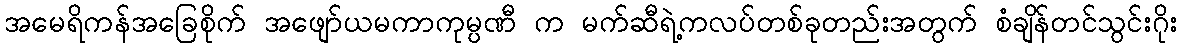
အမေရိကန်အခြေစိုက် အဖျော်ယမကာကုမ္ပဏီ က မက်ဆီရဲ့ကလပ်တစ်ခုတည်းအတွက် စံချိန်တင်သွင်းဂိုး